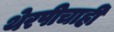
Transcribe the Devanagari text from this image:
थेरपीचाही